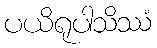
ပယိရုပါသိဿံ